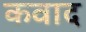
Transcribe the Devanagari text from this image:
कवाद